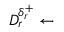
D _ { r } ^ { \delta _ { r } ^ { + } } \gets